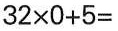
$$3 2\times0+5$$=